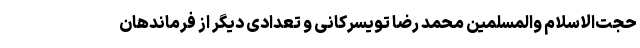
حجت‌الاسلام والمسلمین محمد رضا تویسرکانی و تعدادی دیگر از فرماندهان